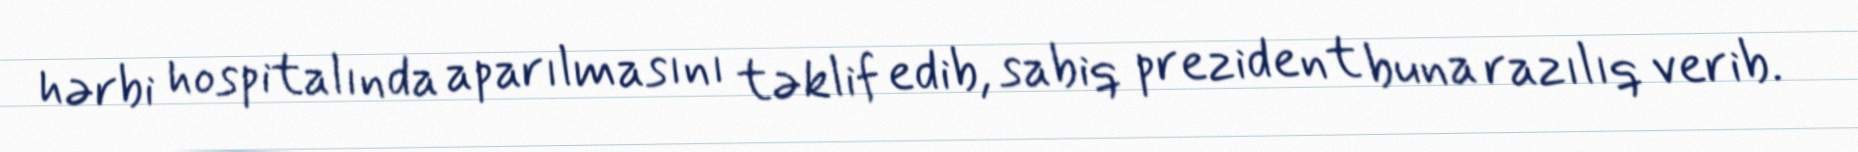
hərbi hospitalında aparılmasını təklif edib, sabiq prezident buna razılıq verib.